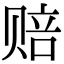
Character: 赔